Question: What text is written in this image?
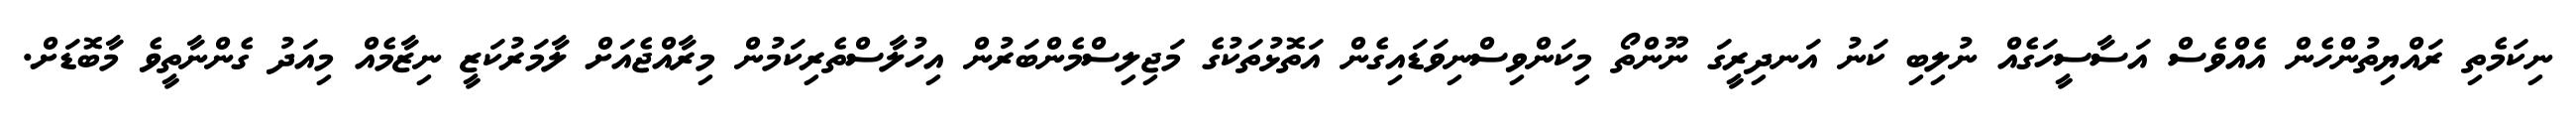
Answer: ނިކަމެތި ރައްޔިތުންހެން އެއްވެސް އަސާސީހަގެއް ނުލިބި ކަނު އަނދިރީގަ ނޫންތޯ މިކަންވިސްނިވަޑައިގެން އަތޮޅުތަކުގެ މަޖިލިސްމެންބަރުން އިހުލާސްތެރިކަމުން މިރާއްޖެއަށް ލާމަރުކަޒީ ނިޒާމެއް މިއަދު ގެންނާތީވެ މާބޮޑަށް.